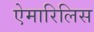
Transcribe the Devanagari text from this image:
ऐमारिलिस